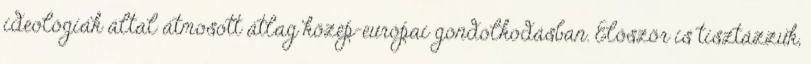
ideológiák által átmosott átlag közép-európai gondolkodásban. Először is tisztázzuk,